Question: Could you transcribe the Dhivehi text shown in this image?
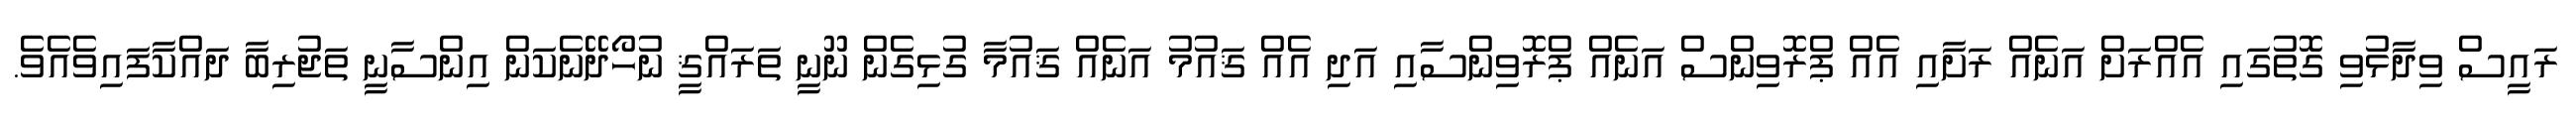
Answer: ރައީސް ވިދާޅުވި ގޮތުގައި އެއްރަށް އަނެއް ރަށާއި އެއް ޕްރޮވިންސް އަނެއް ޕްރޮވިންސާއި އަދި އެއް ޤައުމު އަނެއް ޤައުމާ ގުޅިގެން ނޫނީ ތަރައްޤީ ނުހޯދޭނެކަން އިންސާނީ ތަޖުރިބާ ދައްކާފައިވެއެވެ.